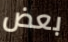
بعض